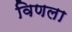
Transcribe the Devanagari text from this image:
विणला